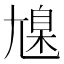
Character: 𡰆